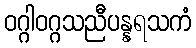
ဝဂ္ဂါဝဂ္ဂသညီပန္နရသကံ